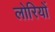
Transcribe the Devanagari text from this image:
लोरियों